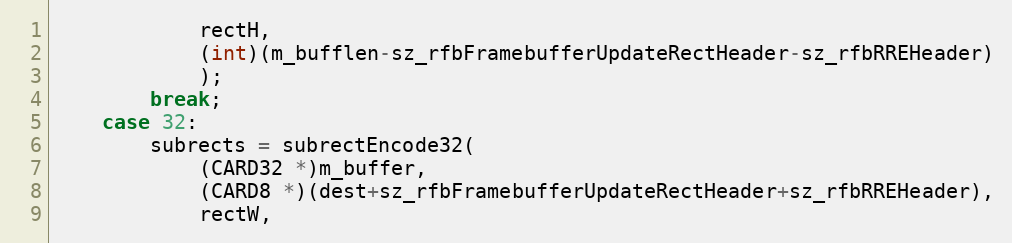
Language: C++
			rectH,
			(int)(m_bufflen-sz_rfbFramebufferUpdateRectHeader-sz_rfbRREHeader)
			);
		break;
	case 32:
		subrects = subrectEncode32(
			(CARD32 *)m_buffer,
			(CARD8 *)(dest+sz_rfbFramebufferUpdateRectHeader+sz_rfbRREHeader),
			rectW,